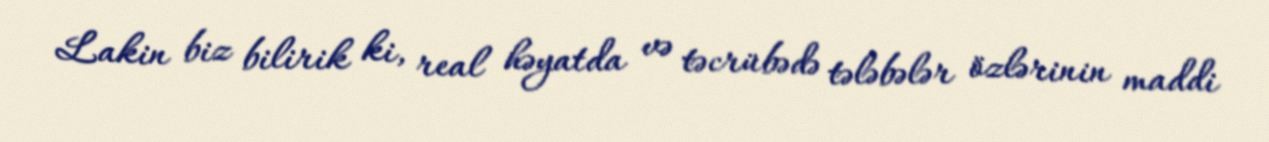
Lakin biz bilirik ki, real həyatda və təcrübədə tələbələr özlərinin maddi